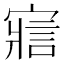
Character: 寣